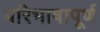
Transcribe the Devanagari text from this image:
परिभाषापूर्ण